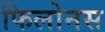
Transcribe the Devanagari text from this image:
फिलोनस